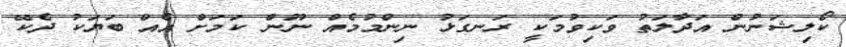
ކޯލިޝަނުން އަދާލަތު ވަކިވުމަކީ ރަނގަޅު ނިންމުމެއް ނޫން ކަމަށް އެއް ބަޔަކު ދެކޭ